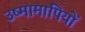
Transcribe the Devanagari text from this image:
उष्मामापियों